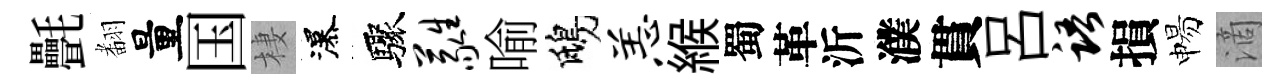
㲲𮋒量国棲瀑驟蕤喻鴟恙緱蜀革沂濮貫呂语損惕滴